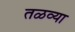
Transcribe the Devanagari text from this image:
तळव्या